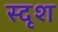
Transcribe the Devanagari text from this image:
स्दृश